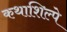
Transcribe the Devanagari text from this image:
कथाशिल्पे